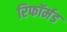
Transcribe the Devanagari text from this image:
रिफॉर्मड